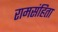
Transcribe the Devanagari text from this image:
रामसंहिता